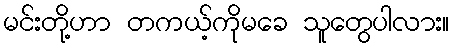
မင်းတို့ဟာ တကယ့်ကိုမခေ သူတွေပါလား။